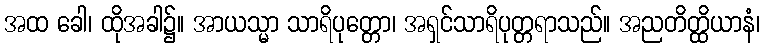
အထ ခေါ၊ ထိုအခါ၌။ အာယသ္မာ သာရိပုတ္တော၊ အရှင်သာရိပုတ္တရာသည်။ အညတိတ္ထိယာနံ၊